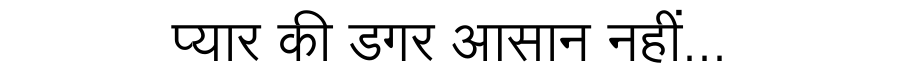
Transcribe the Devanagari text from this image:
प्यार की डगर आसान नहीं...